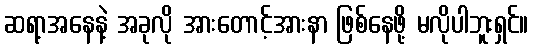
ဆရာ့အနေနဲ့ အခုလို အားတောင့်အားနာ ဖြစ်နေဖို့ မလိုပါဘူးရှင်။